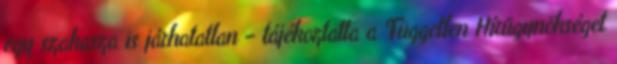
egy szakasza is járhatatlan – tájékoztatta a Független Hírügynökséget